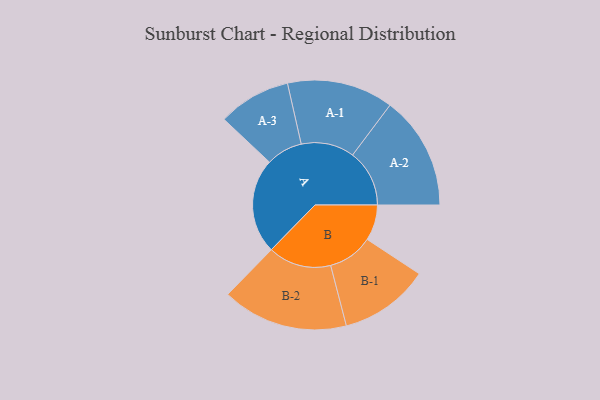
{"axis": {"x": "Segment", "y": "Value"}, "legend": ["", "A", "B"], "data": [{"x": "A", "y": 442, "type": ""}, {"x": "B", "y": 166, "type": ""}, {"x": "A-1", "y": 247, "type": "A"}, {"x": "A-2", "y": 264, "type": "A"}, {"x": "A-3", "y": 169, "type": "A"}, {"x": "B-1", "y": 209, "type": "B"}, {"x": "B-2", "y": 293, "type": "B"}]}